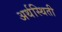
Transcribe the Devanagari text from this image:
अर्थस्थिती